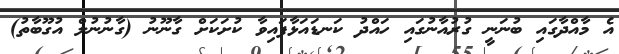
އެ މާއްދާގައި ބުނަނީ ގުރުއާނުގައި ހައްދު ކަނޑައަޅާފައިވާ ކުށަކަށް ގާނޫނު (ގާނުނުލް އުގޫބާތު)